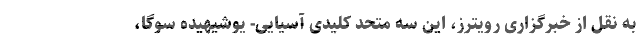
به نقل از خبرگزاری رویترز، این سه متحد کلیدی آسیایی- یوشیهیده سوگا،